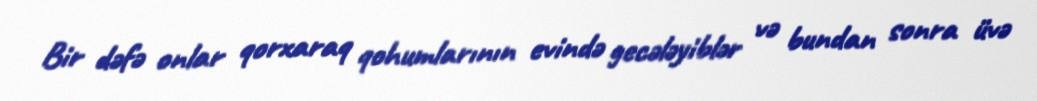
Bir dəfə onlar qorxaraq qohumlarının evində gecələyiblər və bundan sonra üvə